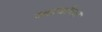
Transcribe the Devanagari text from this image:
स्वार्थाच्या